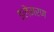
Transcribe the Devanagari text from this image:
इलेमरण